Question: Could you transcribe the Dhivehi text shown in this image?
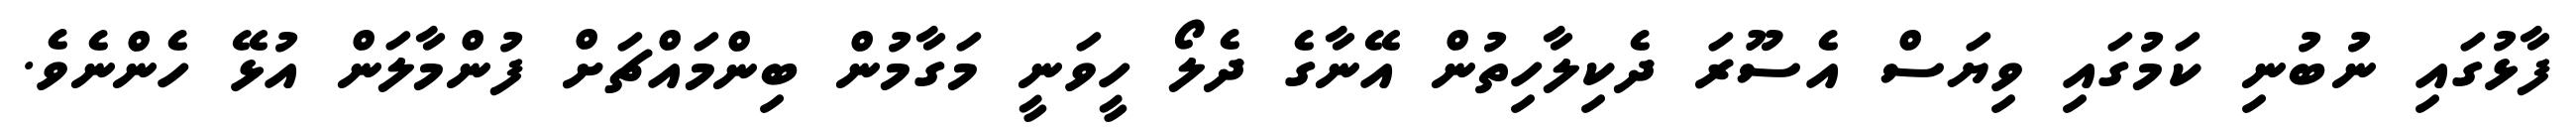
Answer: ފާޅުގައި ނުބުނި ކަމުގައި ވިޔަސް އެސޫރަ ދެކިލާހިތުން އޭނާގެ ދެލޯ ހީވަނީ މަގާމުން ބިންމައްޗަށް ފުންމާލަން އުޅޭ ހެންނެވެ.